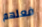
فعلهم